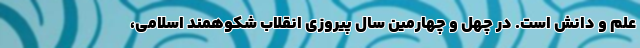
علم و دانش است. در چهل و چهارمین سال پیروزی انقلاب شکوهمند اسلامی،